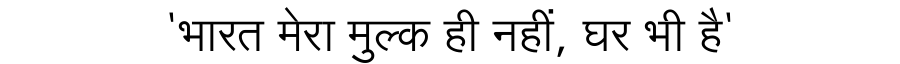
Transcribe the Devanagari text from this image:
'भारत मेरा मुल्क ही नहीं, घर भी है'